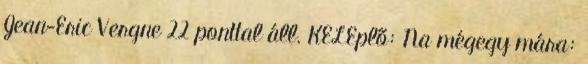
Jean-Eric Vergne 22 ponttal áll. KELEplő: Na mégegy mára: